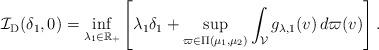
LaTeX: \begin{align*}\mathcal{I}_{\mathrm{D}}(\delta_1, 0) = \inf _{\lambda_1 \in \mathbb{R}_{+}}\left[\lambda_1 \delta_1+\sup _{\varpi \in \Pi\left(\mu_1, \mu_2\right)} \int_{\mathcal{V}} g_{\lambda, 1}(v) \, d \varpi(v)\right].\end{align*}